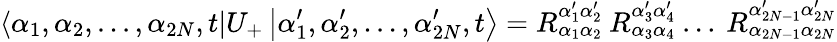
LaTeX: \left\langle\alpha_{1},\alpha_{2},...,\alpha_{2N},t\right|U_{+}\left|\alpha_{1}^{\prime},\alpha_{2}^{\prime},...,\alpha_{2N}^{\prime},t\right\rangle=R_{\alpha_{1}\alpha_{2}}^{\alpha_{1}^{\prime}\alpha_{2}^{\prime}}\: R_{\alpha_{3}\alpha_{4}}^{\alpha_{3}^{\prime}\alpha_{4}^{\prime}}\: ...\: R_{\alpha_{2N-1}\alpha_{2N}}^{\alpha_{2N-1}^{\prime}\alpha_{2N}^{\prime}}